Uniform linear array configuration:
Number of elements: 64
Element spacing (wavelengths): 0.25
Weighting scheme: hamming
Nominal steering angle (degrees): -15
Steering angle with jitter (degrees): -16.694
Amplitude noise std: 0.05
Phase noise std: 0.05

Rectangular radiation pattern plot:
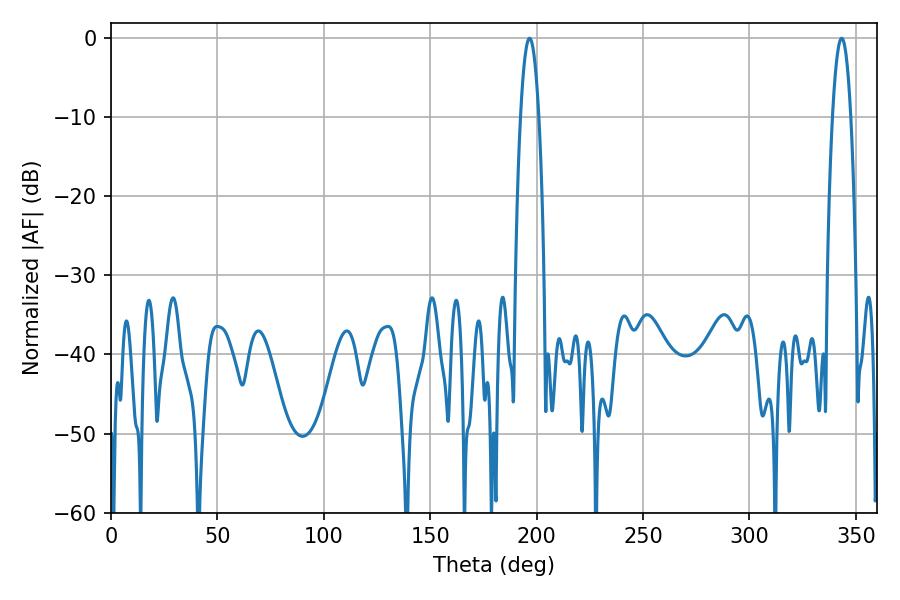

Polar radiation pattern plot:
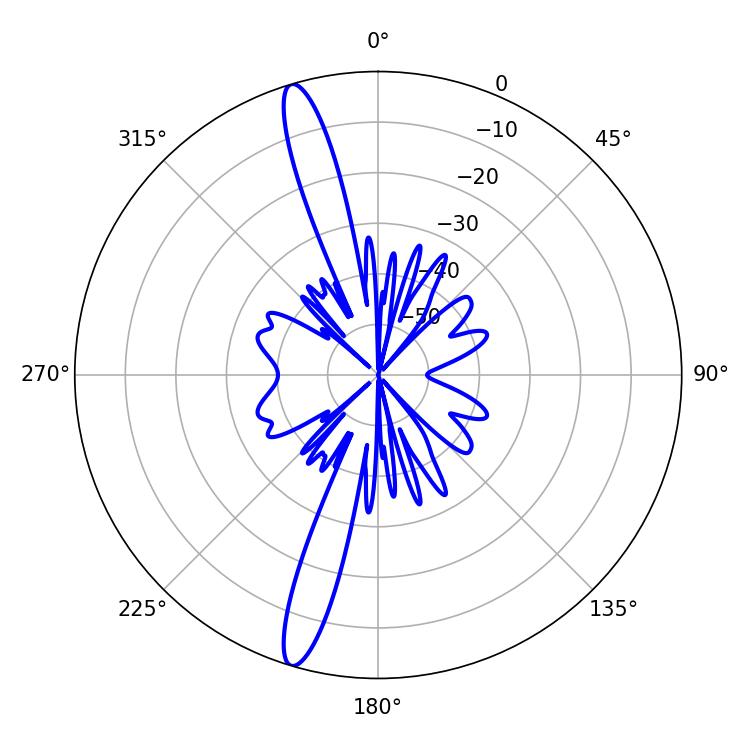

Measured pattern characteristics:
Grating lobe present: FALSE
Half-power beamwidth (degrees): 4.68
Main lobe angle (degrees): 196.74